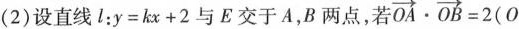
(2)设直线l：$$y=kx + 2$$与E交于A，B两点，若 $$\overrightarrow{OA} \cdot \overrightarrow{OB}=2(0